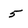
Character: 5